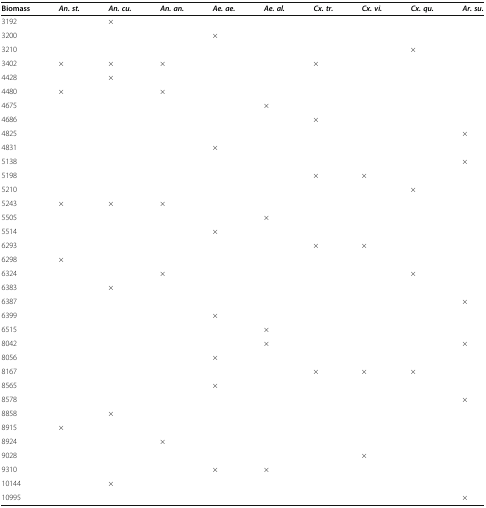
<table><thead><tr><td><b>Biomass</b></td><td><b><i>An. st.</i></b></td><td><b><i>An. cu.</i></b></td><td><b><i>An. an.</i></b></td><td><b><i>Ae. ae.</i></b></td><td><b><i>Ae. al.</i></b></td><td><b><i>Cx. tr.</i></b></td><td><b><i>Cx. vi.</i></b></td><td><b><i>Cx. qu.</i></b></td><td><b><i>Ar. su.</i></b></td></tr></thead><tbody><tr><td>3192</td><td></td><td>×</td><td></td><td></td><td></td><td></td><td></td><td></td><td></td></tr><tr><td>3200</td><td></td><td></td><td></td><td>×</td><td></td><td></td><td></td><td></td><td></td></tr><tr><td>3210</td><td></td><td></td><td></td><td></td><td></td><td></td><td></td><td>×</td><td></td></tr><tr><td>3402</td><td>×</td><td>×</td><td>×</td><td></td><td></td><td>×</td><td></td><td></td><td></td></tr><tr><td>4428</td><td></td><td>×</td><td></td><td></td><td></td><td></td><td></td><td></td><td></td></tr><tr><td>4480</td><td>×</td><td></td><td>×</td><td></td><td></td><td></td><td></td><td></td><td></td></tr><tr><td>4675</td><td></td><td></td><td></td><td></td><td>×</td><td></td><td></td><td></td><td></td></tr><tr><td>4686</td><td></td><td></td><td></td><td></td><td></td><td>×</td><td></td><td></td><td></td></tr><tr><td>4825</td><td></td><td></td><td></td><td></td><td></td><td></td><td></td><td></td><td>×</td></tr><tr><td>4831</td><td></td><td></td><td></td><td>×</td><td></td><td></td><td></td><td></td><td></td></tr><tr><td>5138</td><td></td><td></td><td></td><td></td><td></td><td></td><td></td><td></td><td>×</td></tr><tr><td>5198</td><td></td><td></td><td></td><td></td><td></td><td>×</td><td>×</td><td></td><td></td></tr><tr><td>5210</td><td></td><td></td><td></td><td></td><td></td><td></td><td></td><td>×</td><td></td></tr><tr><td>5243</td><td>×</td><td>×</td><td>×</td><td></td><td></td><td></td><td></td><td></td><td></td></tr><tr><td>5505</td><td></td><td></td><td></td><td></td><td>×</td><td></td><td></td><td></td><td></td></tr><tr><td>5514</td><td></td><td></td><td></td><td>×</td><td></td><td></td><td></td><td></td><td></td></tr><tr><td>6293</td><td></td><td></td><td></td><td></td><td></td><td>×</td><td>×</td><td></td><td></td></tr><tr><td>6298</td><td>×</td><td></td><td></td><td></td><td></td><td></td><td></td><td></td><td></td></tr><tr><td>6324</td><td></td><td></td><td>×</td><td></td><td></td><td></td><td></td><td>×</td><td></td></tr><tr><td>6383</td><td></td><td>×</td><td></td><td></td><td></td><td></td><td></td><td></td><td></td></tr><tr><td>6387</td><td></td><td></td><td></td><td></td><td></td><td></td><td></td><td></td><td>×</td></tr><tr><td>6399</td><td></td><td></td><td></td><td>×</td><td></td><td></td><td></td><td></td><td></td></tr><tr><td>6515</td><td></td><td></td><td></td><td></td><td>×</td><td></td><td></td><td></td><td></td></tr><tr><td>8042</td><td></td><td></td><td></td><td></td><td>×</td><td></td><td></td><td></td><td>×</td></tr><tr><td>8056</td><td></td><td></td><td></td><td>×</td><td></td><td></td><td></td><td></td><td></td></tr><tr><td>8167</td><td></td><td></td><td></td><td></td><td></td><td>×</td><td>×</td><td>×</td><td></td></tr><tr><td>8565</td><td></td><td></td><td></td><td>×</td><td></td><td></td><td></td><td></td><td></td></tr><tr><td>8578</td><td></td><td></td><td></td><td></td><td></td><td></td><td></td><td></td><td>×</td></tr><tr><td>8858</td><td></td><td>×</td><td></td><td></td><td></td><td></td><td></td><td></td><td></td></tr><tr><td>8915</td><td>×</td><td></td><td></td><td></td><td></td><td></td><td></td><td></td><td></td></tr><tr><td>8924</td><td></td><td></td><td>×</td><td></td><td></td><td></td><td></td><td></td><td></td></tr><tr><td>9028</td><td></td><td></td><td></td><td></td><td></td><td></td><td>×</td><td></td><td></td></tr><tr><td>9310</td><td></td><td></td><td></td><td>×</td><td>×</td><td></td><td></td><td></td><td></td></tr><tr><td>10144</td><td></td><td>×</td><td></td><td></td><td></td><td></td><td></td><td></td><td></td></tr><tr><td>10995</td><td></td><td></td><td></td><td></td><td></td><td></td><td></td><td></td><td>×</td></tr></tbody></table>